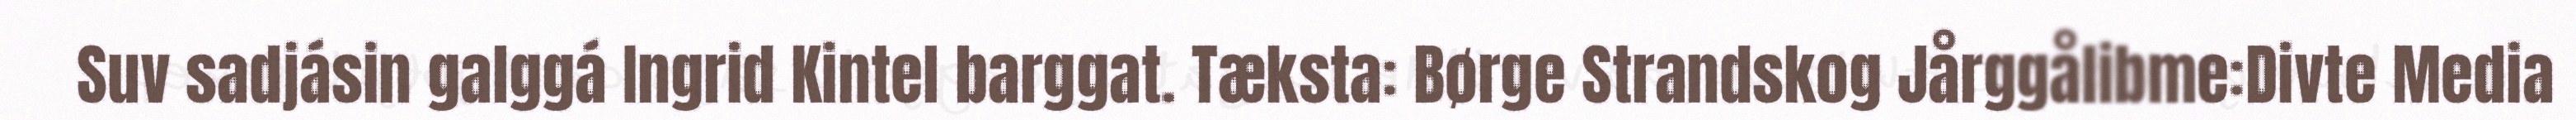
Suv sadjásin galggá Ingrid Kintel barggat. Tæksta: Børge Strandskog Jårggålibme:Divte Media